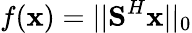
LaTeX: f(\textbf{x})=||\textbf{S}^{H}\textbf{x}||_{0}